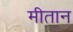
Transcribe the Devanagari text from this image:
मीतान